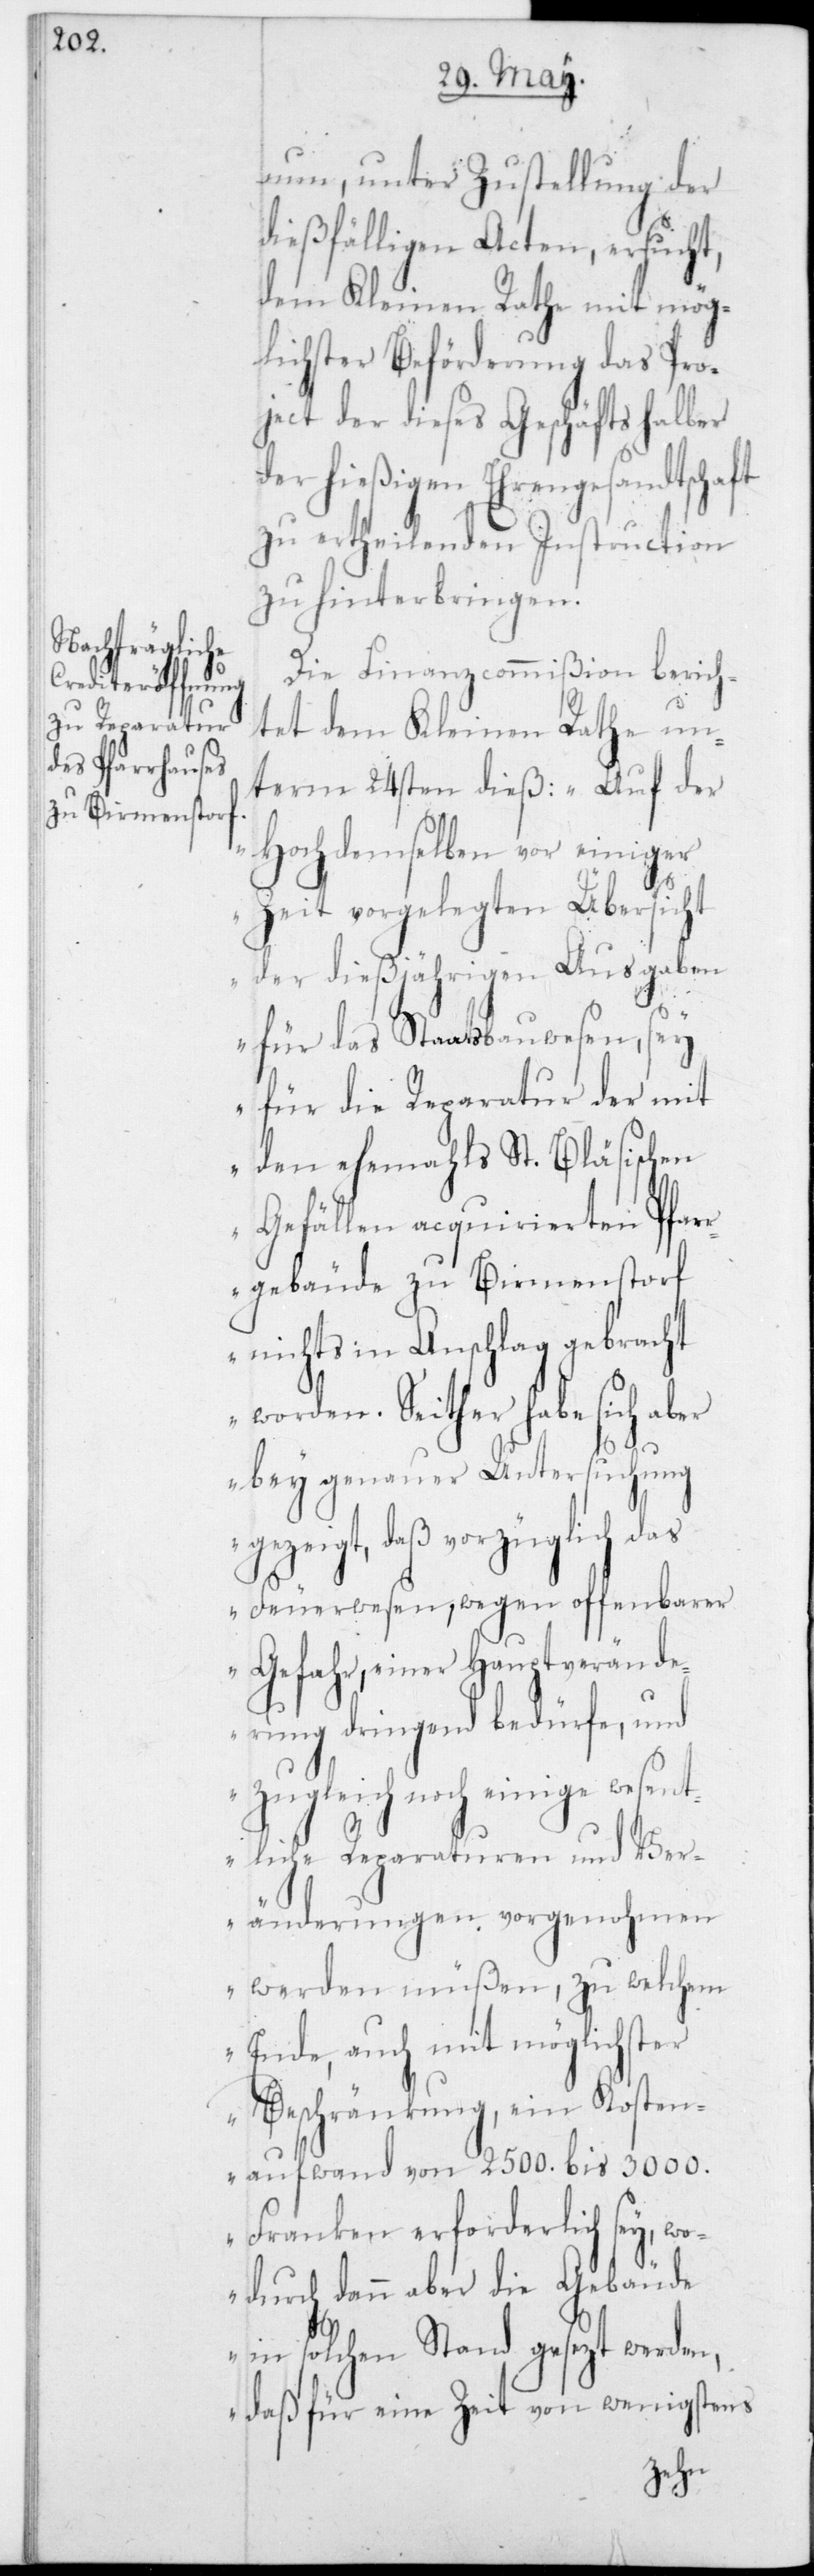
nun, unter Zustellung der
dießfälligen Acten, ersucht,
dem Kleinen Rathe mit mög¬
lichster Beförderung das Pro¬
ject der dieses Geschäfts halber
der hießigen Ehrengesandtschaft
zu ertheilenden Instruction
zu hinterbringen.
Die Finanzcommißion berich¬
tet dem Kleinen Rathe un¬
term 24sten dieß: „Auf der
Hochdemselben vor einiger
Zeit vorgelegten Übersicht
der dießjährigen Ausgaben
für das Staatsbauwesen, sey
für die Reparatur der mit
den ehemahls St. Bläsischen
Gefällen acquirierten Pfar¬
rgebäude zu Birmenstorf
nichts in Anschlag gebracht
worden. Seither habe sich aber
bey genauer Untersuchung
gezeigt, daß vorzüglich das
Feuerwesen, wegen offenbarer
Gefahr, einer Hauptverände¬
rung dringend bedürfe, und
zugleich noch einige wesent¬
liche Reparaturen und Ver¬
änderungen vorgenohmen
werden müßen, zu welchem
Ende, auch mit möglichster
Beschränkung, ein Kosten¬
aufwand von 2500 bis 3000
Franken erforderlich sey, wo¬
durch dann aber die Gebäude
in solchen Stand gesezt werden,
daß für eine Zeit von wenigstens